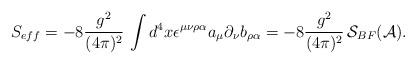
LaTeX: \begin{align*}S_{eff}= - 8 \frac{g^2}{(4\pi)^2}\, \int d^4 x\epsilon^{\mu\nu\rho\alpha}a_\mu \partial_\nu b_{\rho\alpha}=- 8 \frac{g^2}{(4\pi)^2}\, {\cal S}_{BF} ({\cal A}). \end{align*}